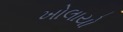
ખોલાયો